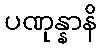
ပဏုန္နာနိ